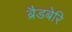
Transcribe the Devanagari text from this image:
ब्रैडबेरि